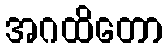
အဂထိတော